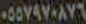
٠٥٥٧٩٧٠٨٧٦